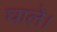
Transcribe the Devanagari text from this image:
घाले।